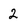
Character: 2